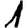
Digit: 1